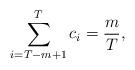
LaTeX: \begin{align*}\sum_{i=T-m+1}^{T} c_i &= \frac{m}{T},\end{align*}